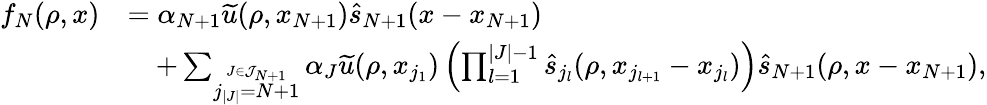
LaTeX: \begin{array}{rl}{f_{N}(\rho,x)}&{=\alpha_{N+1}\widetilde{u}(\rho,x_{N+1})\widehat{s}_{N+1}(x-x_{N+1})}\\ &{\quad+\sum_{\overset{J\in\mathcal{J}_{N+1}}{j_{|J|}=N+1}}\alpha_{J}\widetilde{u}(\rho,x_{j_{1}})\left(\prod_{l=1}^{|J|-1}\widehat{s}_{j_{l}}(\rho,x_{j_{l+1}}-x_{j_{l}})\right)\widehat{s}_{N+1}(\rho,x-x_{N+1}),}\end{array}